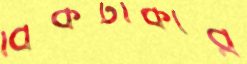
বিকটাকার